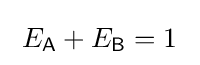
\;E_{\mathsf {A}}+E_{\mathsf {B}}=1~